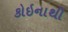
કોઇનાથી